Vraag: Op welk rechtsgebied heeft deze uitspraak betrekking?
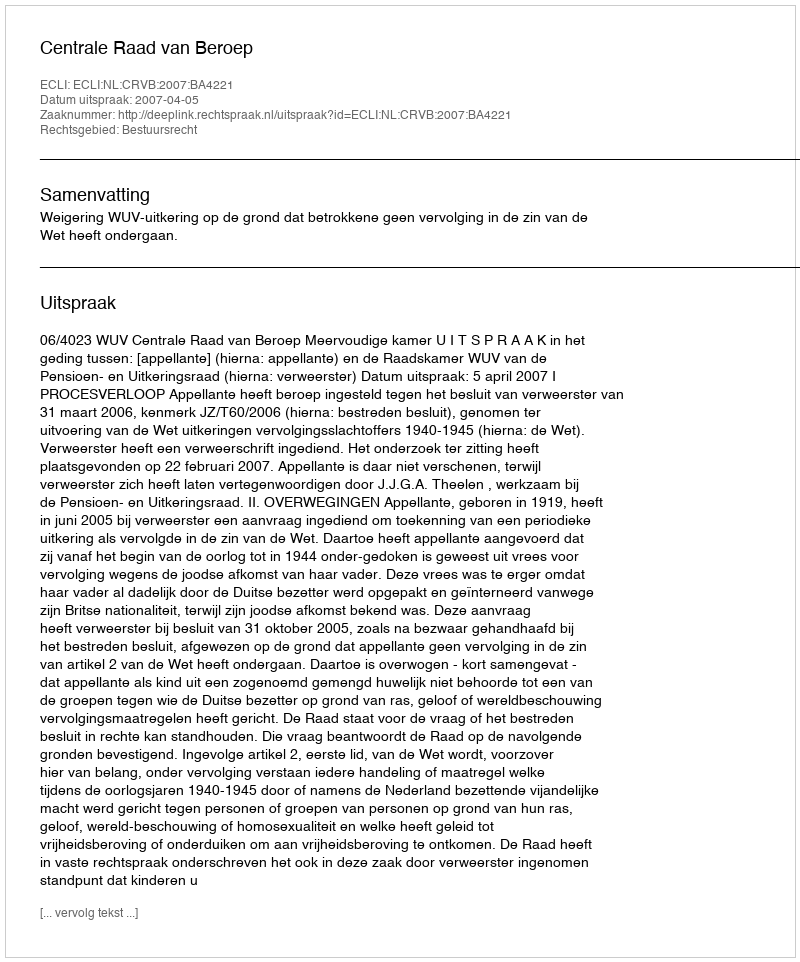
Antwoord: Bestuursrecht